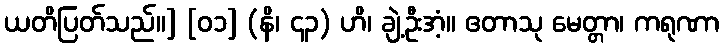
ယတိပြတ်သည်။] [၀၁] (နိ၊ ၄၃) ဟိ၊ ချဲ့ဦးအံ့။ ဧတာသု မေတ္တာ၊ ကရုဏာ